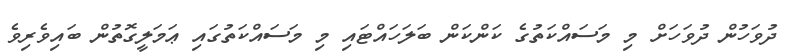
ދުވަހުން ދުވަހަށް މި މަސައްކަތުގެ ކަންކަން ބަލަހައްޓައި މި މަސައްކަތުގައި ޢަމަލީގޮތުން ބައިވެރިވެ